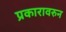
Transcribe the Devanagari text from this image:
प्रकारावरुन